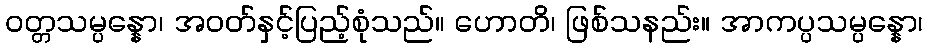
ဝတ္တသမ္ပန္နော၊ အဝတ်နှင့်ပြည့်စုံသည်။ ဟောတိ၊ ဖြစ်သနည်း။ အာကပ္ပသမ္ပန္နော၊